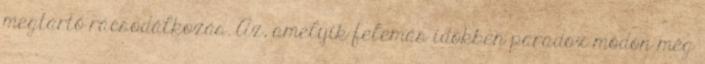
megtartó rácsodálkozás. Az, amelyik felemás idõkben paradox módon még